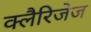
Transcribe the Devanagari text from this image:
क्लैरिजेज